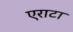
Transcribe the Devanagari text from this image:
एराटा